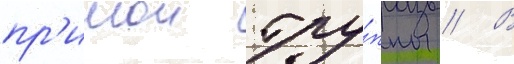
пр'имои тру́ппы // В